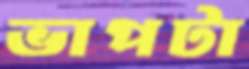
ভাপটা